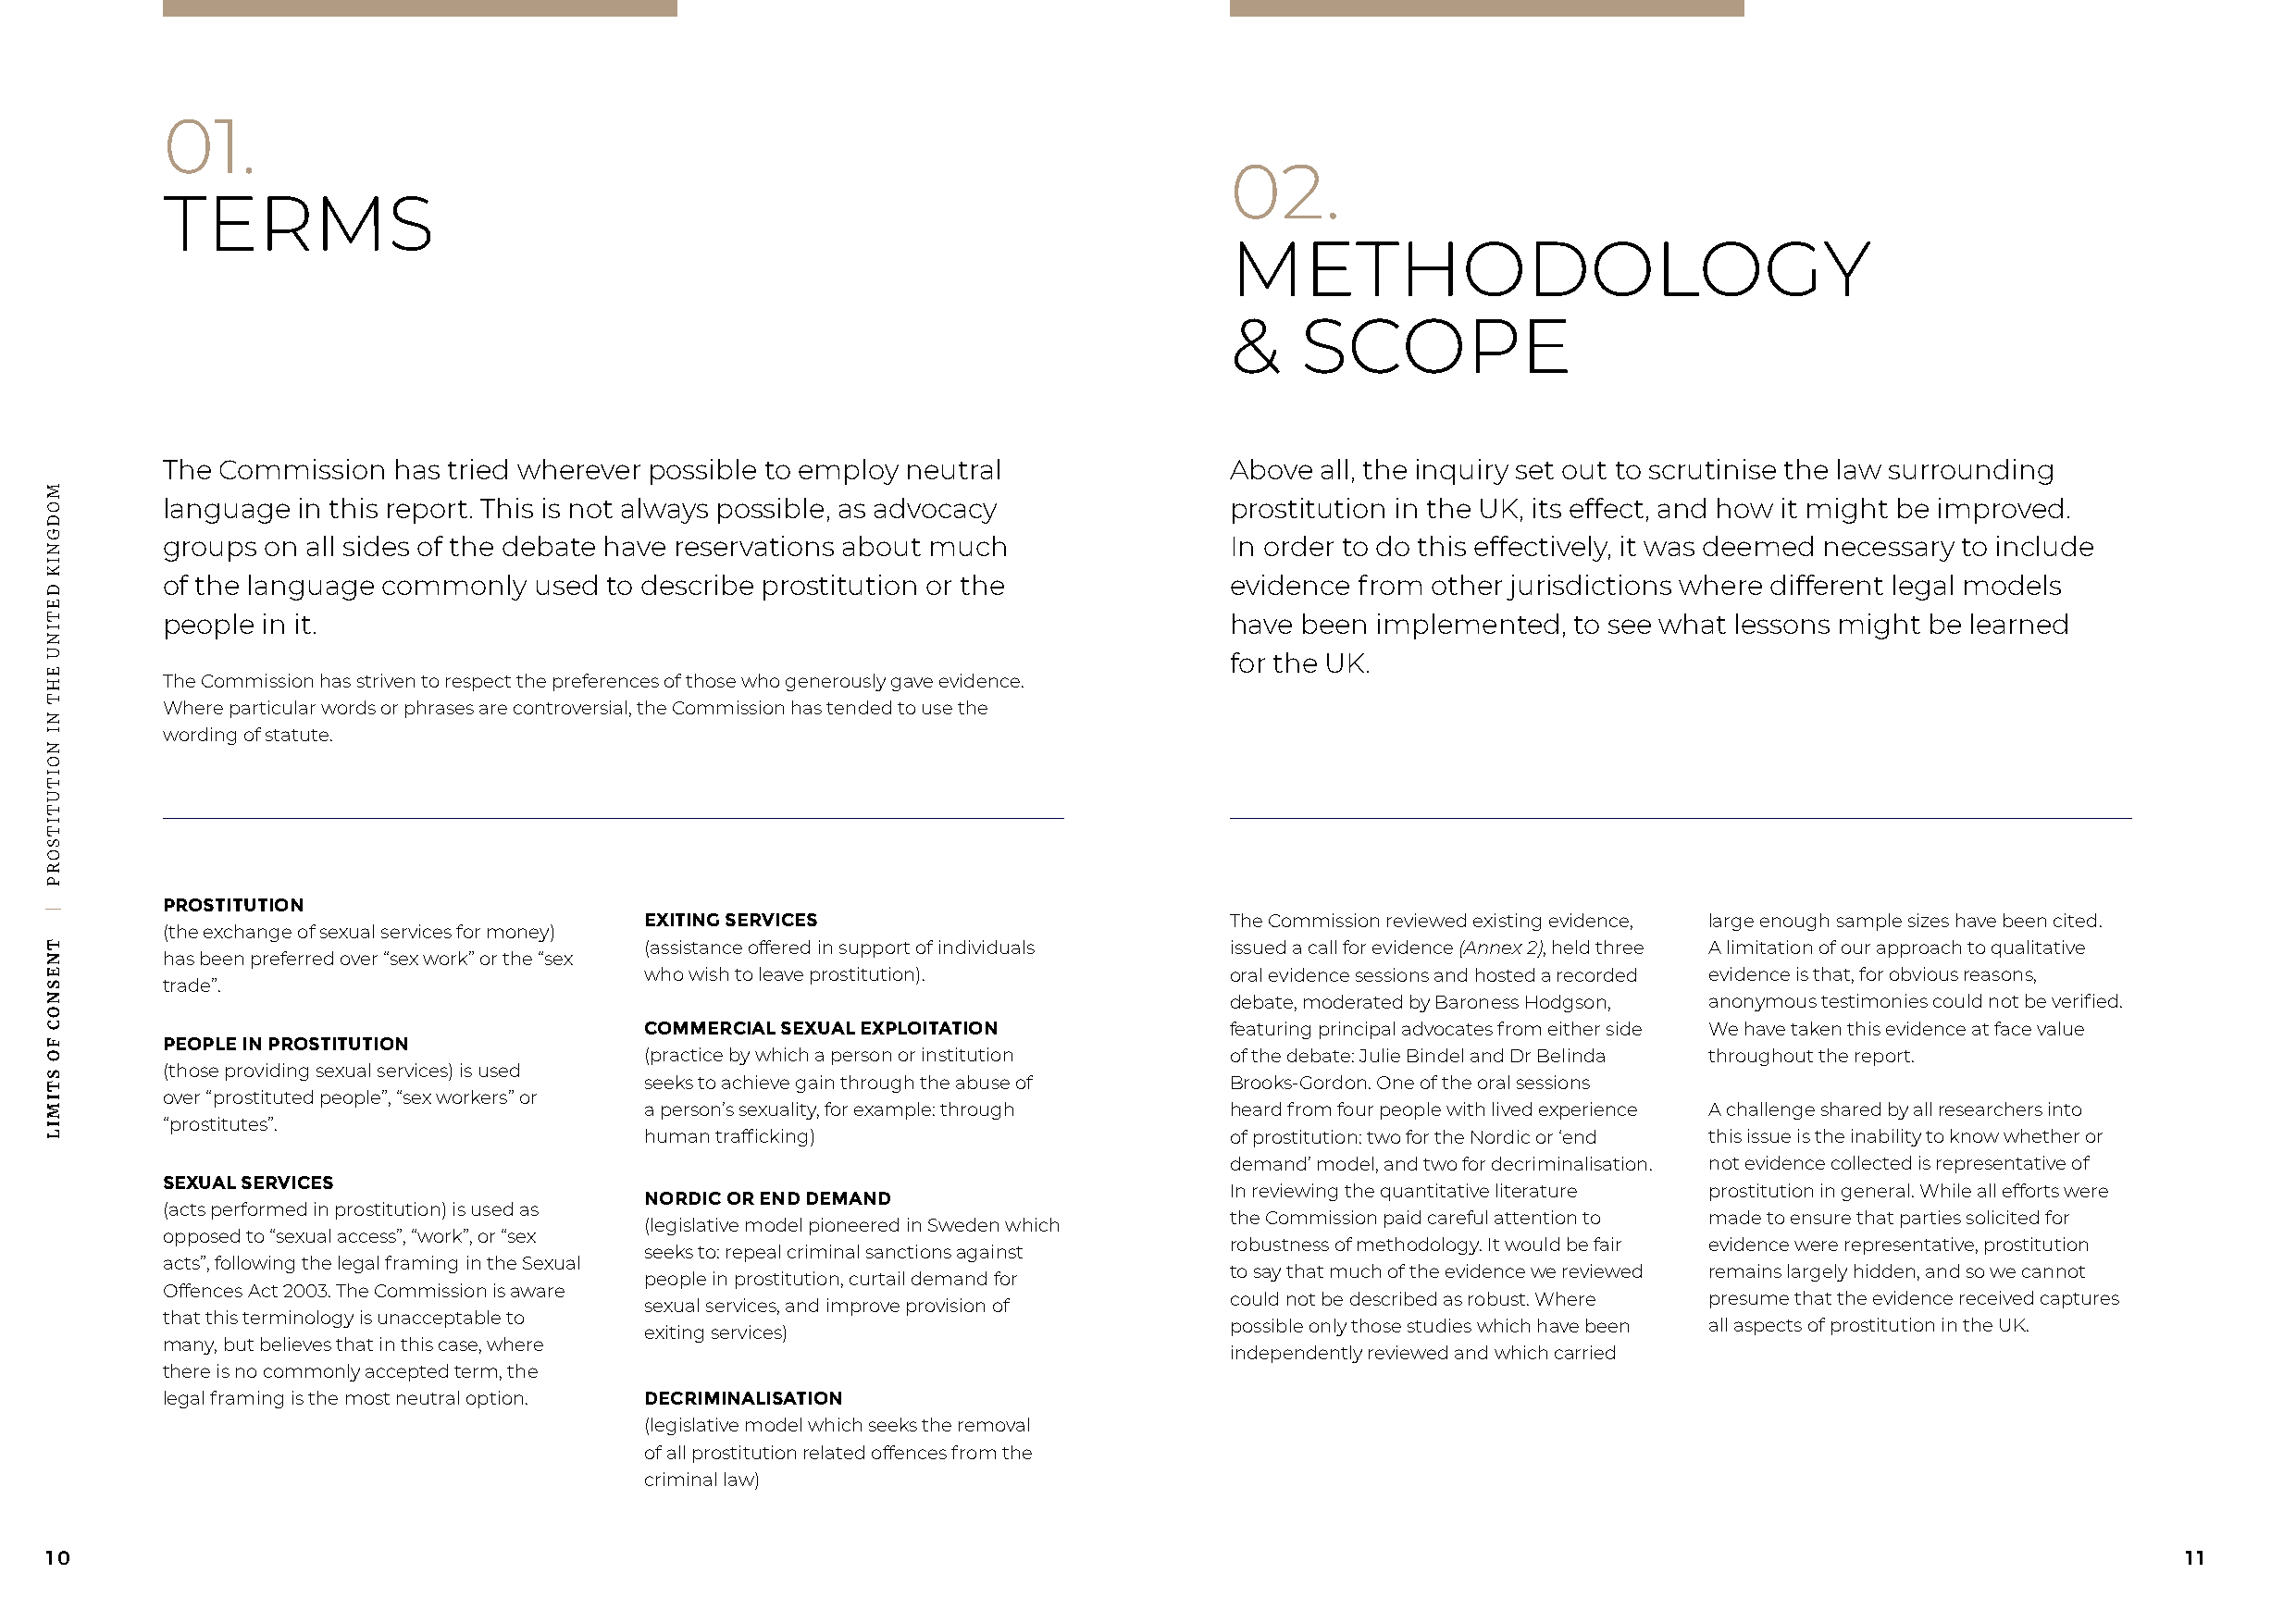
01.
 02.
 TERMS
 METHODOLOGY
 &    SCOPE
 The Commission  has tried wherever possible to employ neutral               Above all, the inquiry set out to scrutinise the law surrounding
 language in this report. This is not always possible, as advocacy           prostitution in the UK, its effect, and how it might be improved.
 groups on all sides of the debate have reservations about much              In order to do this effectively, it was deemed necessary to include
 of the language commonly  used to describe prostitution or the              evidence from other jurisdictions where different legal models
 people in it.                                                               have been implemented,   to see what lessons might be learned
 for the UK.
 The Commission has striven to respect the preferences of those who generously gave evidence.
 Where particular words or phrases are controversial, the Commission has tended to use the
 wording of statute.
 PROSTITUTION
 EXITING SERVICES                          The Commission reviewed existing evidence, large enough sample sizes have been cited.
 (the exchange of sexual services for money)
 (assistance offered in support of individuals issued a call for evidence (Annex 2), held three A limitation of our approach to qualitative
 has been preferred over “sex work” or the “sex
 who wish to leave prostitution).          oral evidence sessions and hosted a recorded evidence is that, for obvious reasons,
 trade”.
 debate, moderated by Baroness Hodgson, anonymous testimonies could not be verified.
 COMMERCIAL SEXUAL EXPLOITATION            featuring principal advocates from either side We have taken this evidence at face value
 PEOPLE IN PROSTITUTION
 (practice by which a person or institution of the debate: Julie Bindel and Dr Belinda throughout the report.
 (those providing sexual services) is used
 seeks to achieve gain through the abuse of Brooks-Gordon. One of the oral sessions
 over “prostituted people”, “sex workers” or
 a person’s sexuality, for example: through heard from four people with lived experience A challenge shared by all researchers into
 “prostitutes”.
 human trafficking)                        of prostitution: two for the Nordic or ‘end this issue is the inability to know whether or
 demand’ model, and two for decriminalisation. not evidence collected is representative of
 SEXUAL SERVICES
 In reviewing the quantitative literature prostitution in general. While all efforts were
 NORDIC OR END DEMAND
 (acts performed in prostitution) is used as
 the Commission paid careful attention to made to ensure that parties solicited for
 (legislative model pioneered in Sweden which
 opposed to “sexual access”, “work”, or “sex
 robustness of methodology. It would be fair evidence were representative, prostitution
 seeks to: repeal criminal sanctions against
 acts”, following the legal framing in the Sexual
 to say that much of the evidence we reviewed remains largely hidden, and so we cannot
 people in prostitution, curtail demand for
 Offences Act 2003. The Commission is aware
 could not be described as robust. Where presume that the evidence received captures
 sexual services, and improve provision of
 that this terminology is unacceptable to
 possible only those studies which have been all aspects of prostitution in the UK.
 exiting services)
 many, but believes that in this case, where
 independently reviewed and which carried
 there is no commonly accepted term, the
 legal framing is the most neutral option. DECRIMINALISATION
 (legislative model which seeks the removal
 of all prostitution related offences from the
 criminal law)
 10                                                                                                                                                       11
 MODGNIK
 DETINU
 EHT
 NI
 NOITUTITSORP
 |
 TNESNOC
 FO
 STIMIL